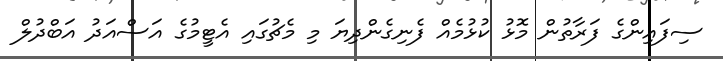
ސިފައިންގެ ފަރާތުން މޮޅު ކުޅުމެއް ފެނިގެންދިޔަ މި މެޗުގައި އެޓީމުގެ އަސްއަދު އަބްދުލް